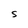
Character: S